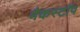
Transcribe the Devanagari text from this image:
मैकस्टॉप